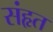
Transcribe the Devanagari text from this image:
संहृत